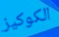
الكوكيز